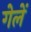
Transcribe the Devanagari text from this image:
गेलें